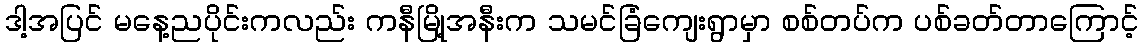
ဒါ့အပြင် မနေ့ညပိုင်းကလည်း ကနီမြို့အနီးက သမင်ခြံကျေးရွာမှာ စစ်တပ်က ပစ်ခတ်တာကြောင့်